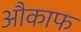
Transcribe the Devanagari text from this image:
औकाफ